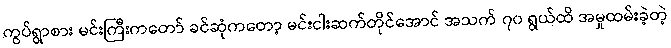
ကွပ်ရွာစား မင်းကြီးကတော် ခင်ဆုံကတော့ မင်းငါးဆက်တိုင်အောင် အသက် ၇၀ ရွယ်ထိ အမှုထမ်းခဲ့တဲ့